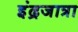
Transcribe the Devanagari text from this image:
इंद्रजात्रा